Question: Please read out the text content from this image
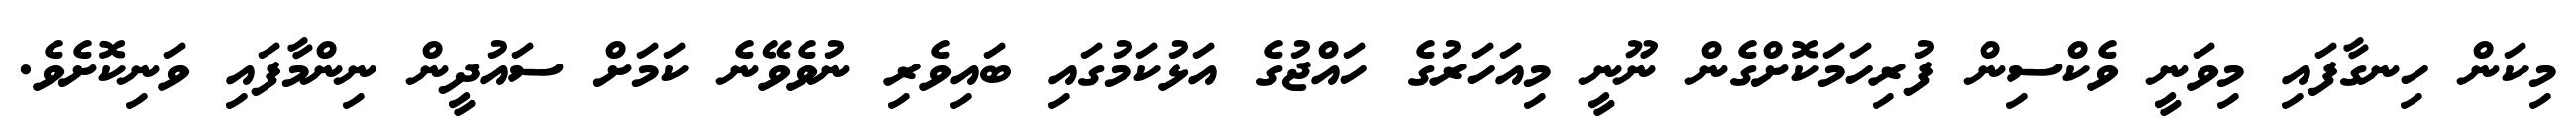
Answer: މިކަން ހިނގާފައި މިވަނީ ވެކްސިން ފުރިހަމަކޮށްގެން ނޫނީ މިއަހަރުގެ ހައްޖުގެ އަޅުކަމުގައި ބައިވެރި ނުވެވޭނެ ކަމަށް ސައުދީން ނިންމާފައި ވަނިކޮށެވެ.